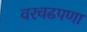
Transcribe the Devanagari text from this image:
वरचढपणा